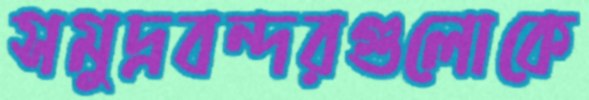
সমুদ্রবন্দরগুলোকে